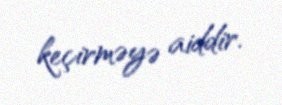
keçirməyə aiddir.